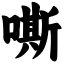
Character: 嘶